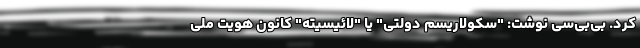
کرد. بی‌بی‌سی نوشت: "سکولاریسم دولتی" یا "لائیسیته" کانون هویت ملی